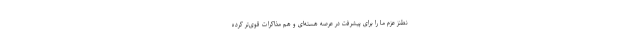
نطنز عزم ما را برای پیشرفت در عرصه هسته‌ای و هم مذاکرات قوی‌تر کرده